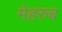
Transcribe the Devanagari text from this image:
मेहरुब